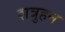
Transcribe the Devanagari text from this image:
शत्रुहन